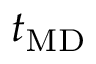
t _ { \mathrm { M D } }